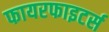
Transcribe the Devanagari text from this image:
फायरफाइटर्स